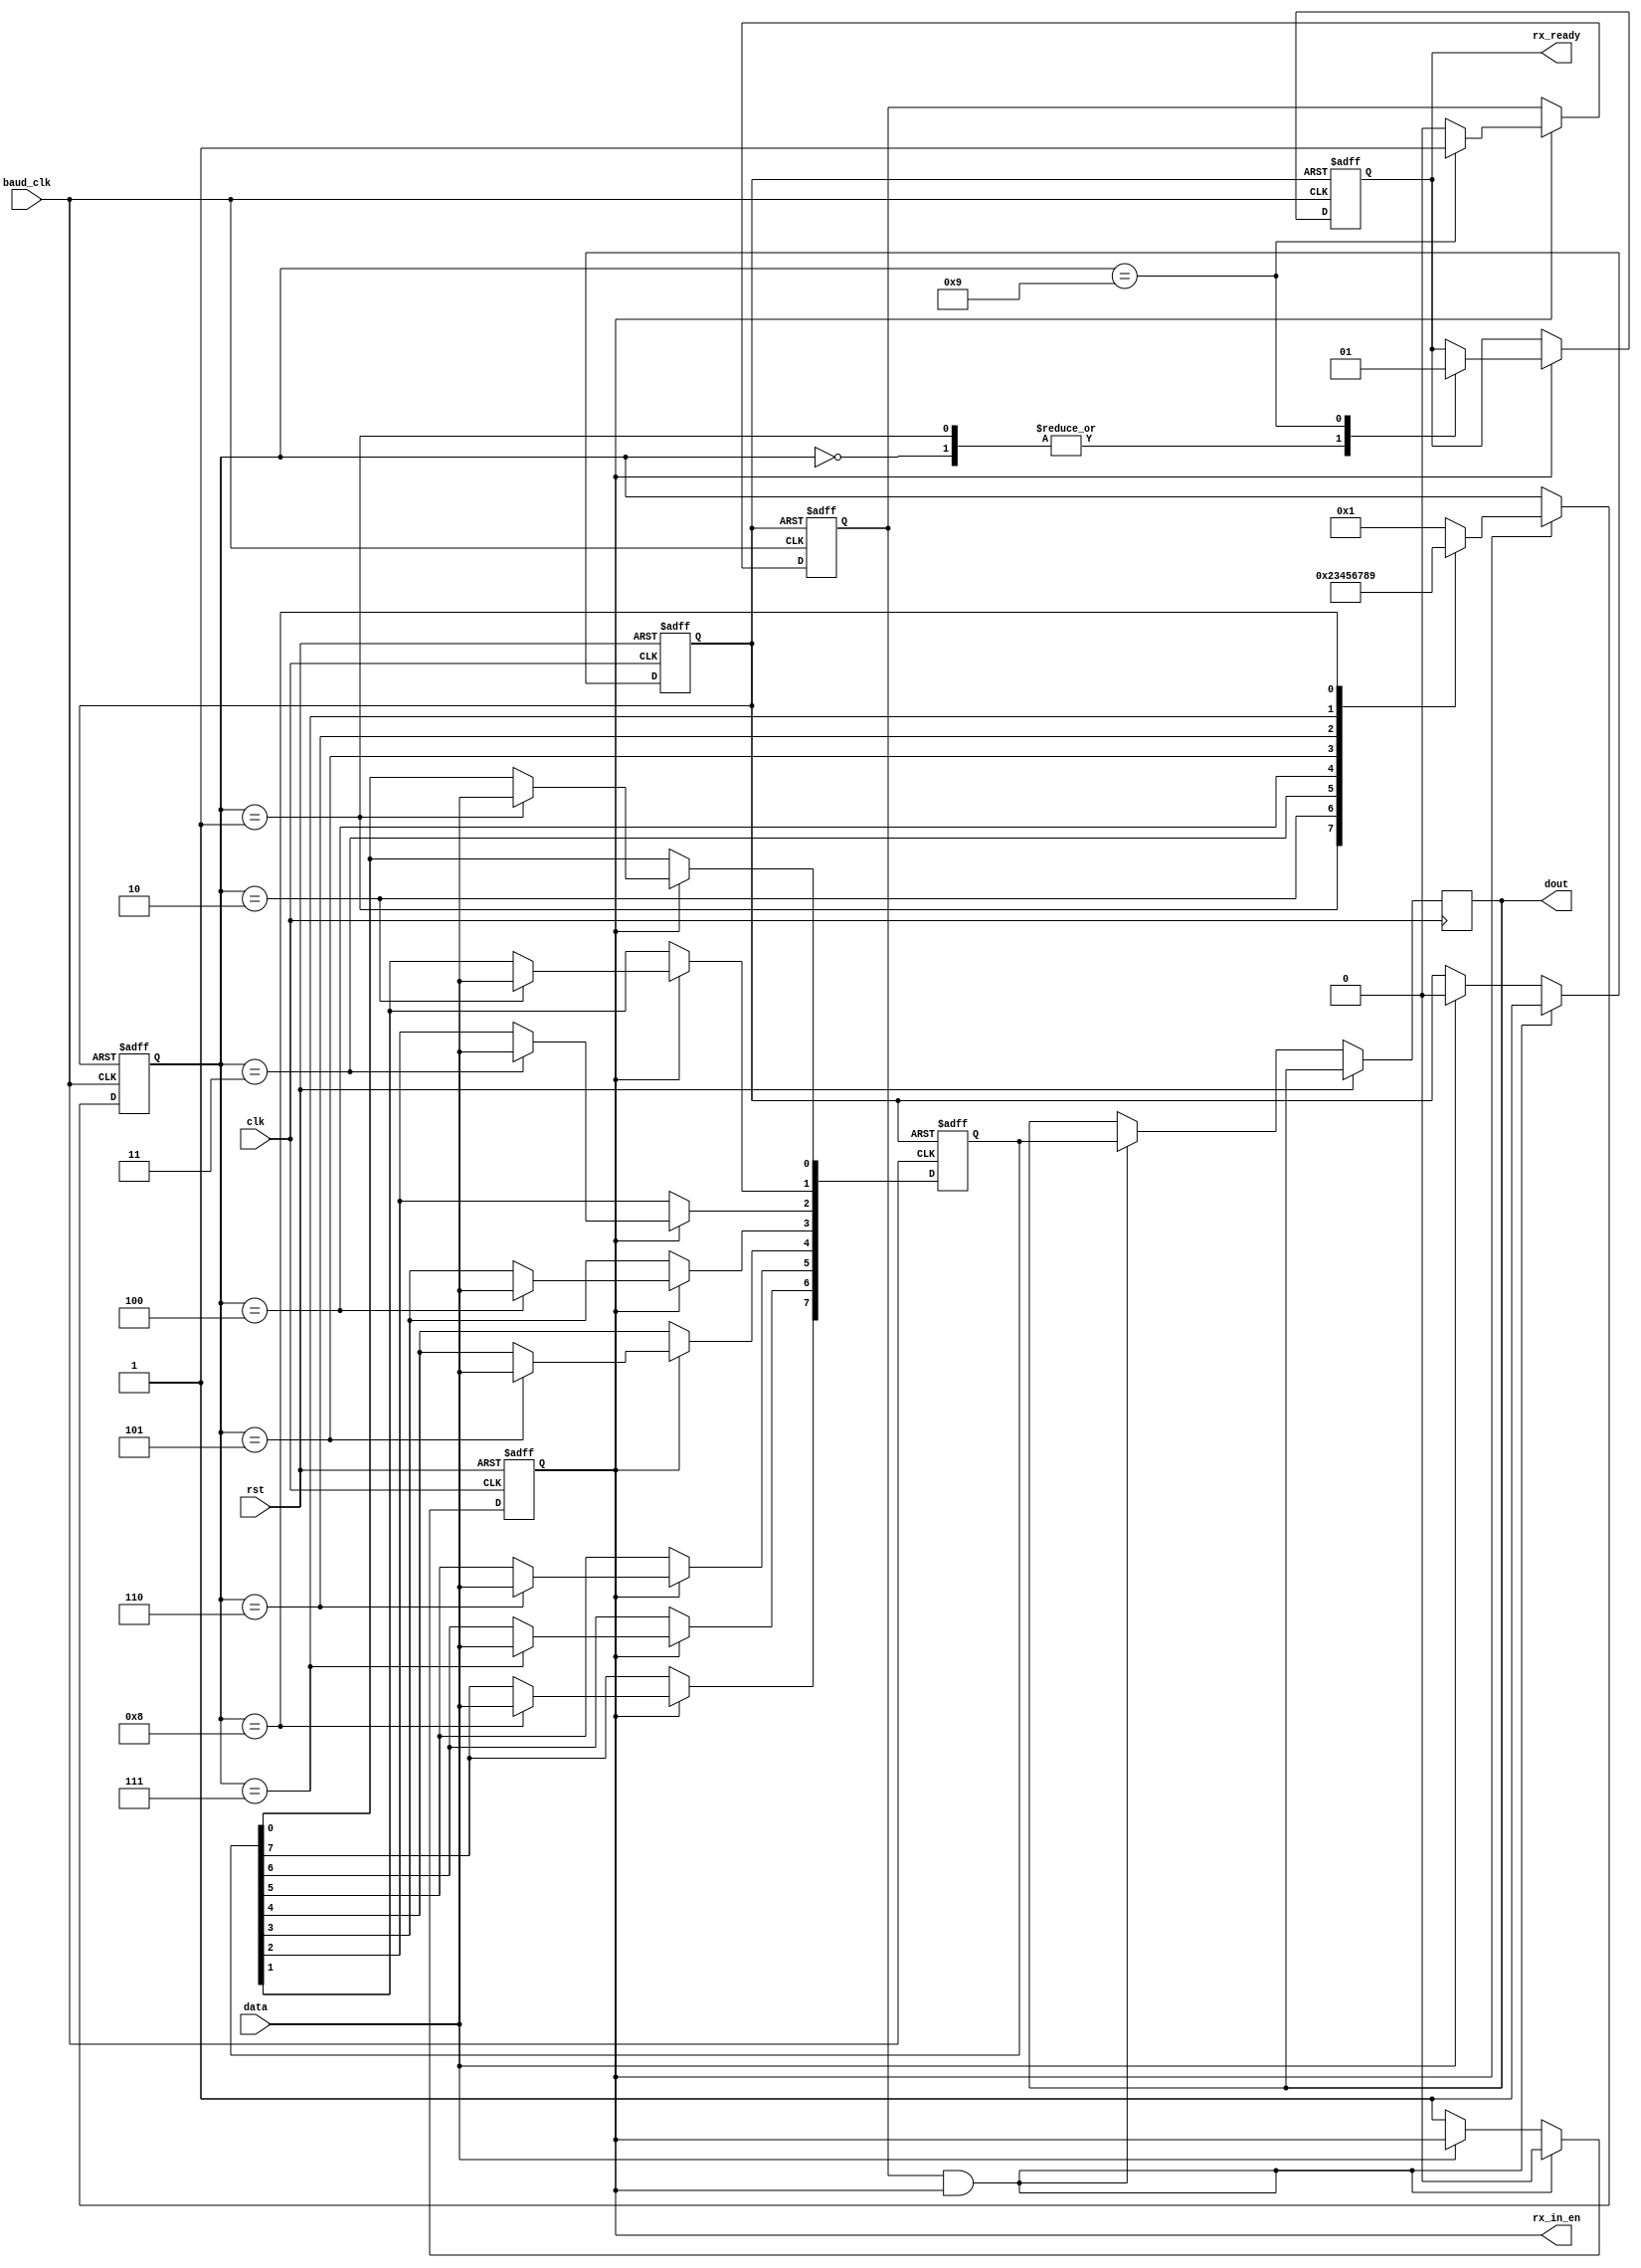

`timescale 1ns / 1ps
//////////////////////////////////////////////////////////////////////////////////
// Module Name:    rx 
//////////////////////////////////////////////////////////////////////////////////
module rx(input data,
	  input baud_clk,
	  input rst,
	  input clk,
	  //input rx_enable,
	  output rx_ready,
	  output rx_in_en,
	  output [7:0] dout
    );
parameter st_bit = 4'b0000;
parameter bit_1  = 4'b0001;
parameter bit_2  = 4'b0010;
parameter bit_3  = 4'b0011;
parameter bit_4  = 4'b0100;
parameter bit_5  = 4'b0101;
parameter bit_6  = 4'b0110;
parameter bit_7  = 4'b0111;
parameter bit_8  = 4'b1000;
parameter stop   = 4'b1001;
parameter idle   = 4'b1111;

reg [3:0] state = bit_1;
reg [7:0] rx_buff = 8'h00;
reg [7:0] rx_buff_out = 8'h00;
reg rx_ready_bit = 1'b1;
reg rx_rst = 1'b0;
reg rx_end = 1'b0;
//reg din = 1'b0;
reg enable = 1'b0;
always @ (posedge rx_rst,posedge baud_clk)
begin
	if (rx_rst)
	begin
		rx_ready_bit <= 1'b1;
		rx_buff <= 8'h00;
		rx_end = 1'b0;
		state <= bit_1;
	end
	else if(enable == 1'b1)
	begin
		rx_end = 1'b0;
		case (state)
		st_bit : begin
			state <= bit_1;
			rx_ready_bit <= 1'b0;
			end
		bit_1  : begin
			rx_buff[0] <= data;
			rx_ready_bit <= 1'b0;
			state <= bit_2;
			end
		bit_2  : begin
			rx_buff[1] <= data;
			state <= bit_3;
			end
		bit_3  : begin
			rx_buff[2] <= data;
			state <= bit_4;
			end
		bit_4  : begin
			rx_buff[3] <= data;
			state <= bit_5;
			end
		bit_5  : begin
			rx_buff[4] <= data;
			state <= bit_6;
			end
		bit_6  : begin
			rx_buff[5] <= data;
			state <= bit_7;
			end
		bit_7  : begin
			rx_buff[6] <= data;
			state <= bit_8;
			end
		bit_8  : begin
			rx_buff[7] <= data;
			state <= stop;
			end
		stop   : begin
			state <= bit_1;
			rx_ready_bit <= 1'b1;
			rx_end = 1'b1;
			end
		default : state <= bit_1;
	endcase	
	end
end	
always @ (posedge clk, posedge rst)	
begin
if (rst) 
begin
	enable <= 1'b0;
	rx_rst <= 1'b0;
end

else if (rx_end == 1'b1 && enable == 1'b1)
begin
	  enable <= 1'b0;
	  rx_buff_out <= rx_buff;
	  rx_rst <= 1'b1;
end
else if (data == 1'b0)
begin
		enable <= 1'b1;
end
else rx_rst <= 1'b0;


end		
assign dout = rx_buff_out ;
assign rx_in_en = enable;
assign rx_ready = rx_ready_bit;
endmodule